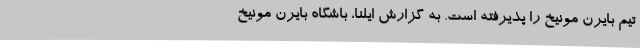
تیم بایرن مونیخ را پذیرفته است. به گزارش ایلنا، باشگاه بایرن مونیخ